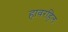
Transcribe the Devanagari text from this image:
हावरहिल